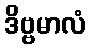
ဒိဗ္ဗမာလံ